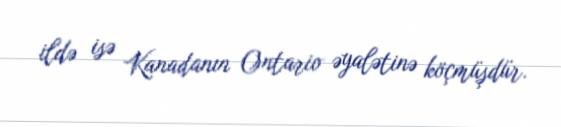
ildə isə Kanadanın Ontario əyalətinə köçmüşdür.